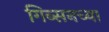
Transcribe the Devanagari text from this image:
गिब्सनच्या